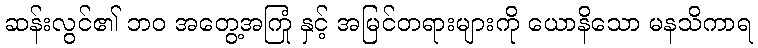
ဆန်းလွင်၏ ဘဝ အတွေ့အကြုံ နှင့် အမြင်တရားများကို ယောနိသော မနသိကာရ